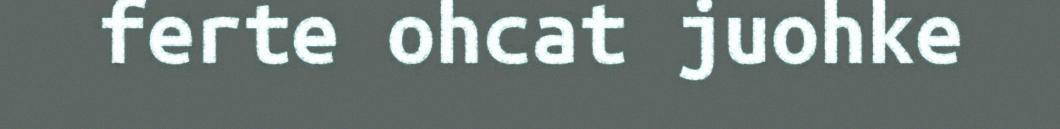
ferte ohcat juohke